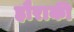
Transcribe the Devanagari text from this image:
हौराकी